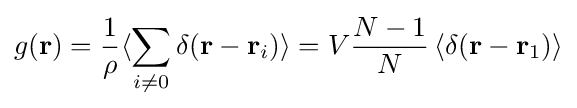
g(\mathbf {r} )={\frac {1}{\rho }}\langle \sum _{i\neq 0}\delta (\mathbf {r} -\mathbf {r} _{i})\rangle =V{\frac {N-1}{N}}\left\langle \delta (\mathbf {r} -\mathbf {r} _{1})\right\rangle